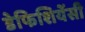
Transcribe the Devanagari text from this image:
डेफिशियेंसी